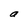
Character: a